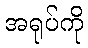
အရုပ်ကို